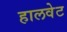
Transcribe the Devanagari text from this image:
हालवेट